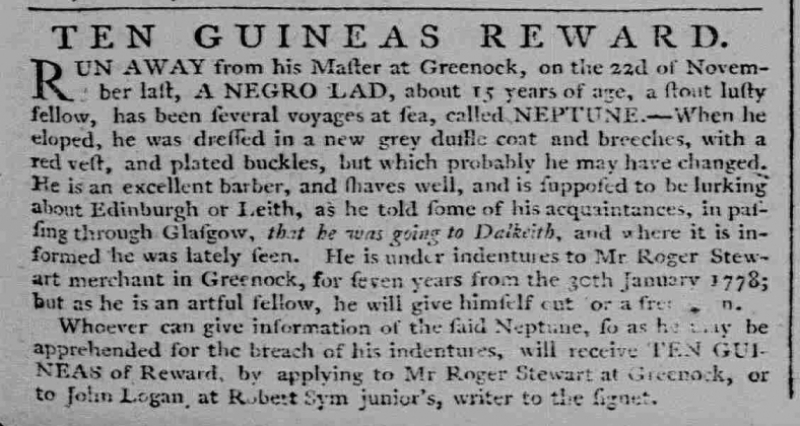
Caledonian Mercury, 22 December 1779 (Scotland)
  TEN GUINEAS REWARD.RUN AWAY from his Master at Greenock, on the 22d of November last, A NEGRO LAD, about 15 years of age, a stout lusty fellow, has been several voyages at sea, called NEPTUNE. –When he eloped, he was dressed in a new grey duffle coat and breeches, with a red vest, and plated buckles, but which probably he may have changed. He is an excellent barber, and shaves well, and is supposed to be lurking about Edinburgh or Leith, as he told some of his acquaintances, in passing through Glasgow, that he was going to Dalkeith, and where it is informed he was lately seen. He is under indentures to Mr Roger Stewart merchant in Greenock, for seven years from the 30th January 1778; but as he is an artful fellow, he will give himself out for a fre[e ma]n.  Whoever can give information of the said Neptune, so as he may be apprehended for the breach of his indentures, will receive TEN GUINEAS of Reward, by applying to Mr Roger Stewart at Greenock, or to John Logan, at Robert Sym junior’s, writer to the signet.